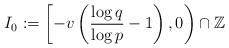
LaTeX: \begin{align*}I_0:= \left[ - v\left( \frac{\log q}{\log p}-1\right) , 0 \right) \cap \mathbb{Z}\end{align*}